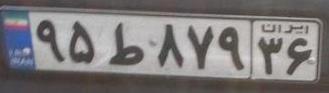
۹۵ط۸۷۹۳۶